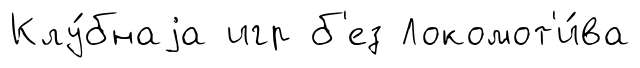
Клу́бнаjа игр б'ез Локомот'и́ва